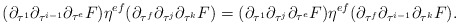
\begin{align*} (\partial_{\tau^1}\partial_{\tau^{i-1}}\partial_{\tau^e}F)\eta^{ef}(\partial_{\tau^f}\partial_{\tau^{j}}\partial_{\tau^k}F) = (\partial_{\tau^1}\partial_{\tau^{j}}\partial_{\tau^{e}}F)\eta^{ef} (\partial_{\tau^f}\partial_{\tau^{i-1}}\partial_{\tau^k}F).\end{align*}